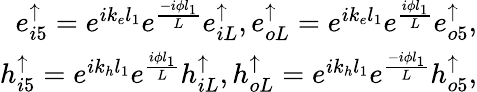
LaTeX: \begin{array}{r}{e_{i5}^{\uparrow}=e^{ik_{e}l_{1}}e^{\frac{-i\phi l_{1}}{L}}e_{iL}^{\uparrow},e_{oL}^{\uparrow}=e^{ik_{e}l_{1}}e^{\frac{i\phi l_{1}}{L}}e_{o5}^{\uparrow},}\\ {h_{i5}^{\uparrow}=e^{ik_{h}l_{1}}e^{\frac{i\phi l_{1}}{L}}h_{iL}^{\uparrow},h_{oL}^{\uparrow}=e^{ik_{h}l_{1}}e^{\frac{-i\phi l_{1}}{L}}h_{o5}^{\uparrow},}\end{array}